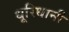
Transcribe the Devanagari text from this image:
धूरिधानी